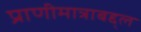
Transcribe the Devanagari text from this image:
प्राणीमात्राबद्द्ल